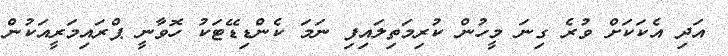
އަދި އެކަކަށް ވުރެ ގިނަ މީހުން ކުރިމަތިލައިފި ނަމަ ކެންޑިޑޭޓަކު ހޮވާނީ ޕްރައިމަރީއަކުން